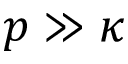
p \gg \kappa